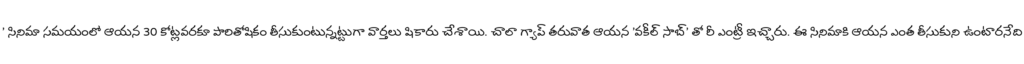
' సినిమా సమయంలో ఆయన 30 కోట్లవరకూ పారితోషికం తీసుకుంటున్నట్టుగా వార్తలు షికారు చేశాయి. చాలా గ్యాప్ తరువాత ఆయన 'వకీల్ సాబ్' తో రీ ఎంట్రీ ఇచ్చారు. ఈ సినిమాకి ఆయన ఎంత తీసుకుని ఉంటారనేది